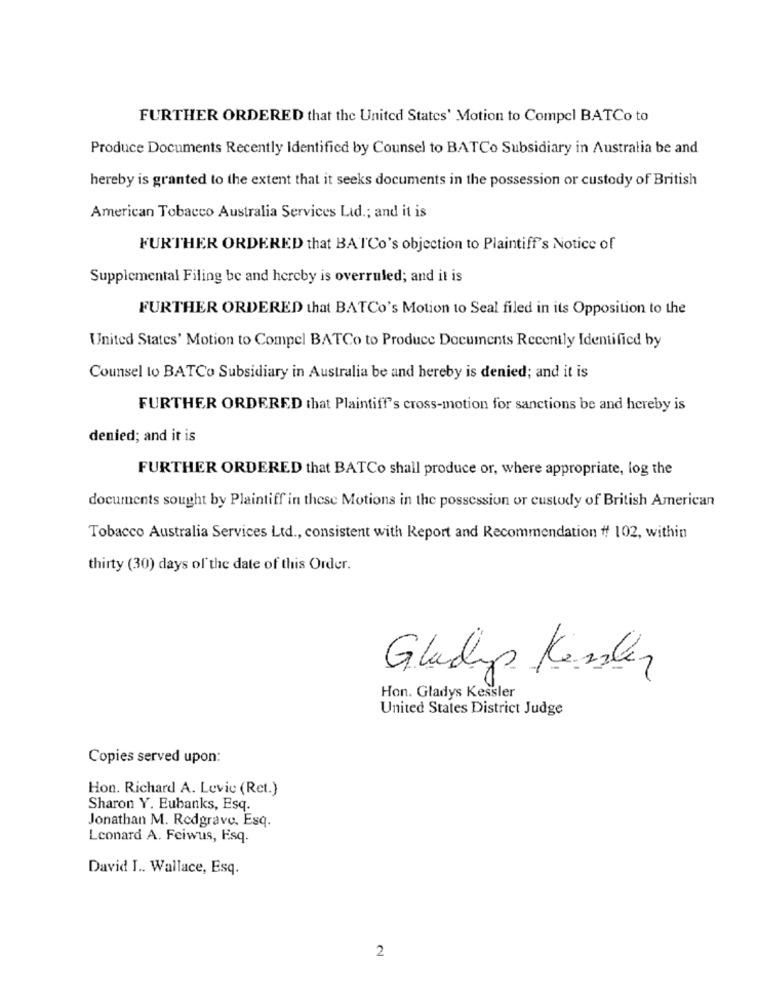
FURTHER ORDERED that the United States' Motion to Compel BATCo to
Produce Documents Recently Identified by Counsel to BATCo Subsidiary in Australia be and
hereby is granted to the extent that it seeks documents in the possession or custody of British
American Tobacco Australia Services Lid .; and it is
FURTHER ORDERED that BATCo's objection to Plaintiff's Notice of
Supplemental Filing be and hereby is overruled; and it is
FURTHER ORDERED that BATCo's Motion to Seal filed in its Opposition to the
United States' Motion to Compel BATCo to Produce Documents Recently Identified by
Counsel to BATCo Subsidiary in Australia be and hereby is denied; and it is
FURTHER ORDERED that Plaintiff's cross-motion for sanctions be and hereby is
denied; and it is
FURTHER ORDERED that BATCo shall produce or, where appropriate, log the
documents sought by Plaintiff in these Motions in the possession or custody of British American
Tobacco Australia Services Ltd ., consistent with Report and Recommendation # 102, within
thirty (30) days of the date of this Order.
Gludip Kessler
Hon. Gladys Kessler
United States District Judge
Copies served upon:
Hon. Richard A. Levic (Ret.)
Sharon Y. Eubanks, Esq.
Jonathan M. Redgrave, Esq.
Leonard A. Feiwus, Esq.
David I .. Wallace, Esq.
2